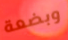
وبضعة